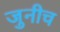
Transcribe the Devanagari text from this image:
जुनीच